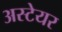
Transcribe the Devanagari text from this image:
अस्टेयर